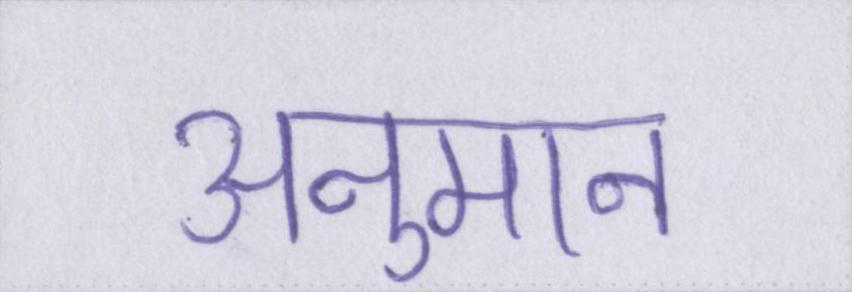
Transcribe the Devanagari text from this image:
अनुमान